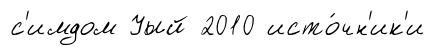
с'имдом Уый 2010 исто́чн'ик'и